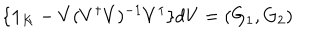
LaTeX: \{ { \bf 1 } _ { K } - V ( V ^ { \dagger } V ) ^ { - 1 } V ^ { \dagger } \} d V = ( G _ { 1 } , G _ { 2 } )